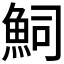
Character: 𮫴